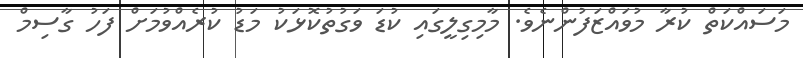
މަސައްކަތް ކުރާ މުވައްޒަފުންނެވެ. މާމިގިލީގައި ކުޑަ ވަގުތުކޮޅަކު މަޑު ކުރެއްވުމަށް ފަހު ގާސިމް